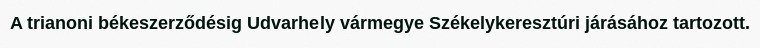
A trianoni békeszerződésig Udvarhely vármegye Székelykeresztúri járásához tartozott.